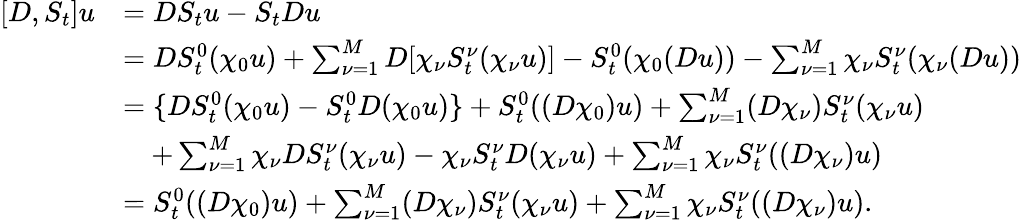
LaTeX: \begin{array}{rl}{[D,S_{t}]u}&{=DS_{t}u-S_{t}Du}\\ &{=DS_{t}^{0}(\chi_{0}u)+\sum_{\nu=1}^{M}D[\chi_{\nu}S_{t}^{\nu}(\chi_{\nu}u)]-S_{t}^{0}(\chi_{0}(Du))-\sum_{\nu=1}^{M}\chi_{\nu}S_{t}^{\nu}(\chi_{\nu}(Du))}\\ &{=\{ DS_{t}^{0}(\chi_{0}u)-S_{t}^{0}D(\chi_{0}u)\} +S_{t}^{0}((D\chi_{0})u)+\sum_{\nu=1}^{M}(D\chi_{\nu})S_{t}^{\nu}(\chi_{\nu}u)}\\ &{\quad+\sum_{\nu=1}^{M}\chi_{\nu}DS_{t}^{\nu}(\chi_{\nu}u)-\chi_{\nu}S_{t}^{\nu}D(\chi_{\nu}u)+\sum_{\nu=1}^{M}\chi_{\nu}S_{t}^{\nu}((D\chi_{\nu})u)}\\ &{=S_{t}^{0}((D\chi_{0})u)+\sum_{\nu=1}^{M}(D\chi_{\nu})S_{t}^{\nu}(\chi_{\nu}u)+\sum_{\nu=1}^{M}\chi_{\nu}S_{t}^{\nu}((D\chi_{\nu})u).}\end{array}